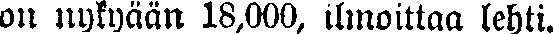
on nykyään 18,000, ilmoittaa lehti.